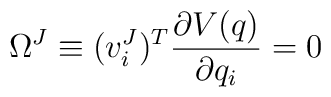
\Omega^J \equiv (v_i^J)^T \frac{\partial V(q)}{\partial q_i} =0